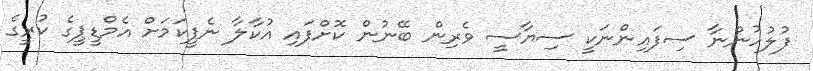
ފުލުހުންނާ ސިފައިންނަކީ ސިޔާސީ ވެރިން ބޭނުން ކޮށްފައި އުކާލާ ނެޕީކަމަށް އެމްޑީޕީގެ ކުރީގެ